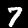
Digit: 7